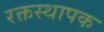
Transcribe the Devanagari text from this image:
रक्तस्थापक